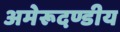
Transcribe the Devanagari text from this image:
अमेरूदण्डीय